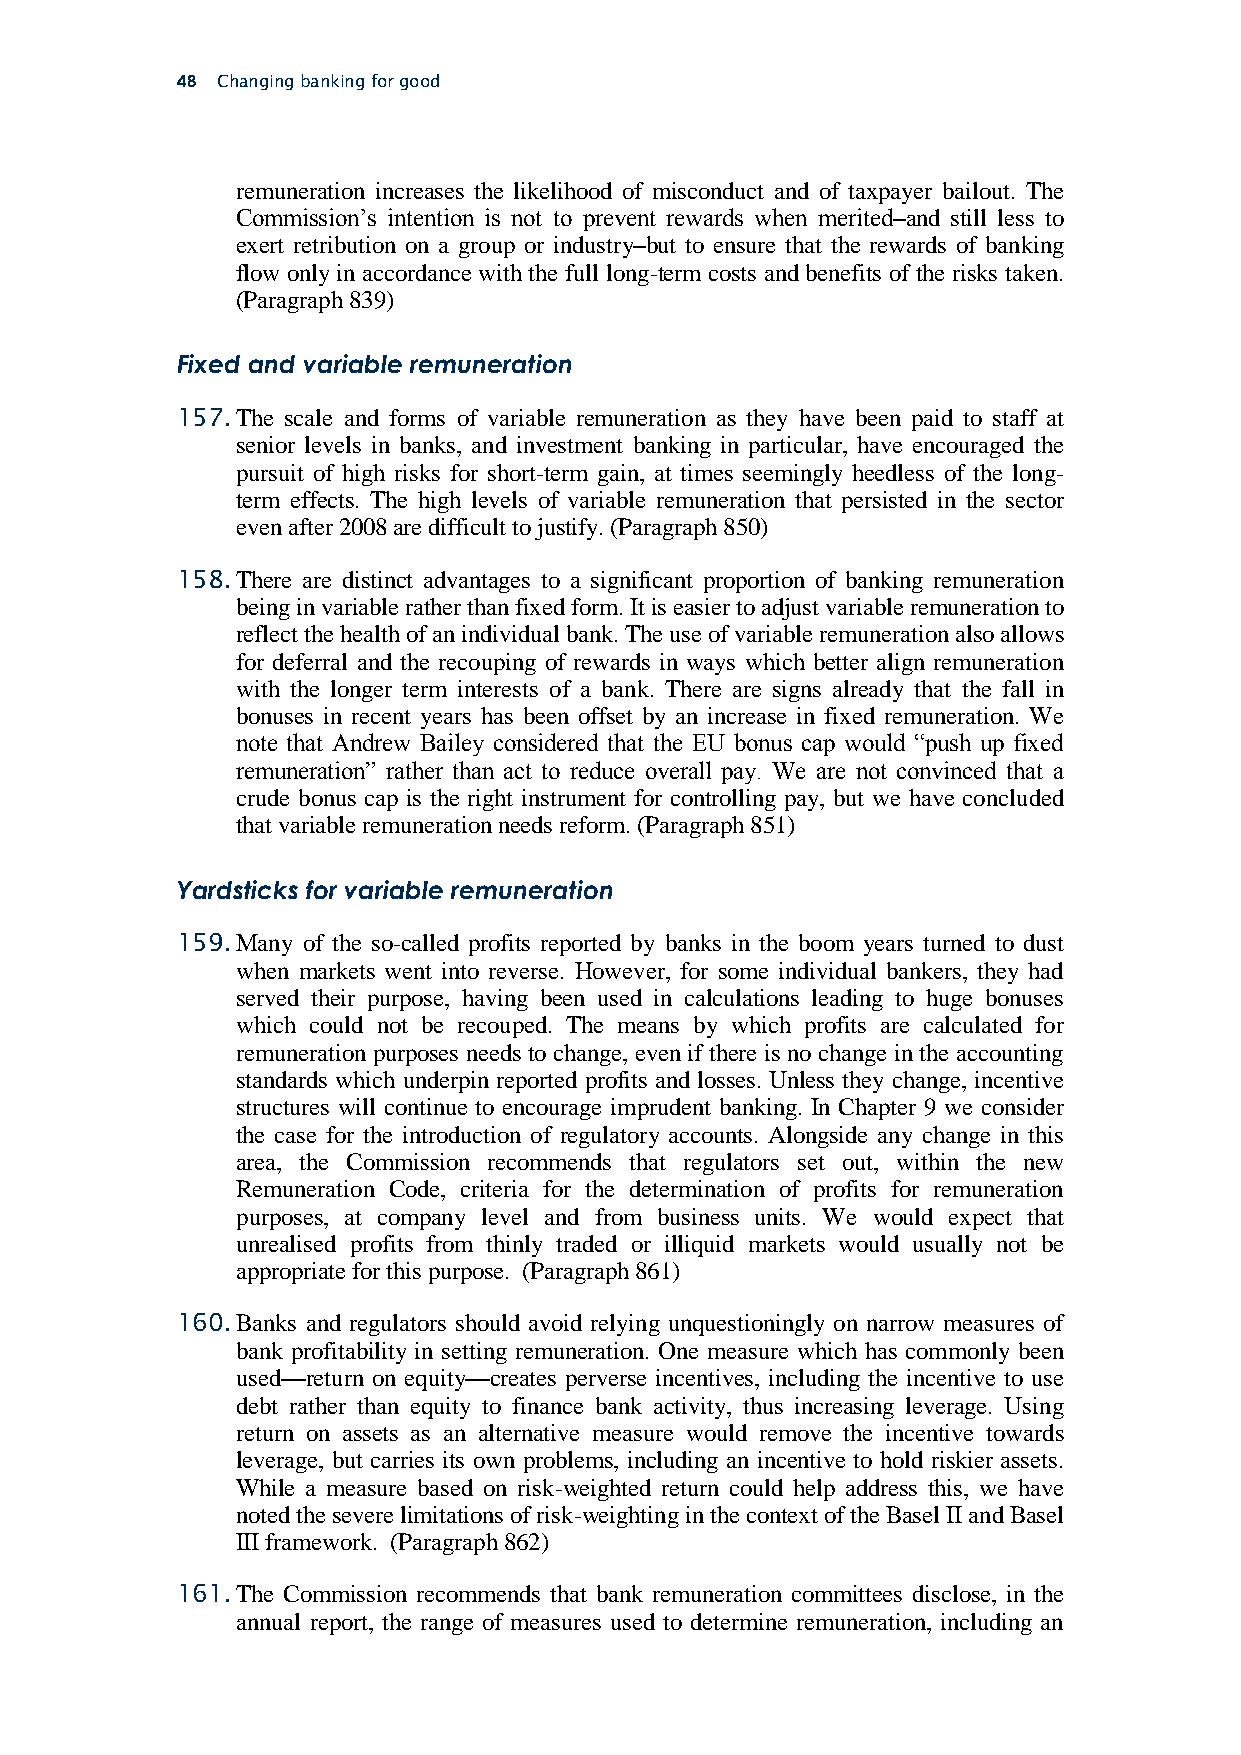
48 Changing banking for good
 remuneration increases the likelihood of misconduct and of taxpayer bailout. The
 Commission’s intention is not to prevent rewards when merited–and still less to
 exert retribution on a group or industry–but to ensure that the rewards of banking
 flow only in accordance with the full long-term costs and benefits of the risks taken.
 (Paragraph 839)
 Fixed and variable remuneration
 157. The scale and forms of variable remuneration as they have been paid to staff at
 senior levels in banks, and investment banking in particular, have encouraged the
 pursuit of high risks for short-term gain, at times seemingly heedless of the long-
 term effects. The high levels of variable remuneration that persisted in the sector
 even after 2008 are difficult to justify. (Paragraph 850)
 158. There are distinct advantages to a significant proportion of banking remuneration
 being in variable rather than fixed form. It is easier to adjust variable remuneration to
 reflect the health of an individual bank. The use of variable remuneration also allows
 for deferral and the recouping of rewards in ways which better align remuneration
 with the longer term interests of a bank. There are signs already that the fall in
 bonuses in recent years has been offset by an increase in fixed remuneration. We
 note that Andrew Bailey considered that the EU bonus cap would “push up fixed
 remuneration” rather than act to reduce overall pay. We are not convinced that a
 crude bonus cap is the right instrument for controlling pay, but we have concluded
 that variable remuneration needs reform. (Paragraph 851)
 Yardsticks for variable remuneration
 159. Many of the so-called profits reported by banks in the boom years turned to dust
 when markets went into reverse. However, for some individual bankers, they had
 served their purpose, having been used in calculations leading to huge bonuses
 which could not be recouped. The means by which profits are calculated for
 remuneration purposes needs to change, even if there is no change in the accounting
 standards which underpin reported profits and losses. Unless they change, incentive
 structures will continue to encourage imprudent banking. In Chapter 9 we consider
 the case for the introduction of regulatory accounts. Alongside any change in this
 area, the Commission recommends that regulators set out, within the new
 Remuneration Code, criteria for the determination of profits for remuneration
 purposes, at company level and from business units. We would expect that
 unrealised profits from thinly traded or illiquid markets would usually not be
 appropriate for this purpose. (Paragraph 861)
 160. Banks and regulators should avoid relying unquestioningly on narrow measures of
 bank profitability in setting remuneration. One measure which has commonly been
 used—return on equity—creates perverse incentives, including the incentive to use
 debt rather than equity to finance bank activity, thus increasing leverage. Using
 return on assets as an alternative measure would remove the incentive towards
 leverage, but carries its own problems, including an incentive to hold riskier assets.
 While a measure based on risk-weighted return could help address this, we have
 noted the severe limitations of risk-weighting in the context of the Basel II and Basel
 III framework. (Paragraph 862)
 161. The Commission recommends that bank remuneration committees disclose, in the
 annual report, the range of measures used to determine remuneration, including an